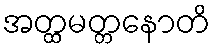
အတ္ထမတ္တနောတိ